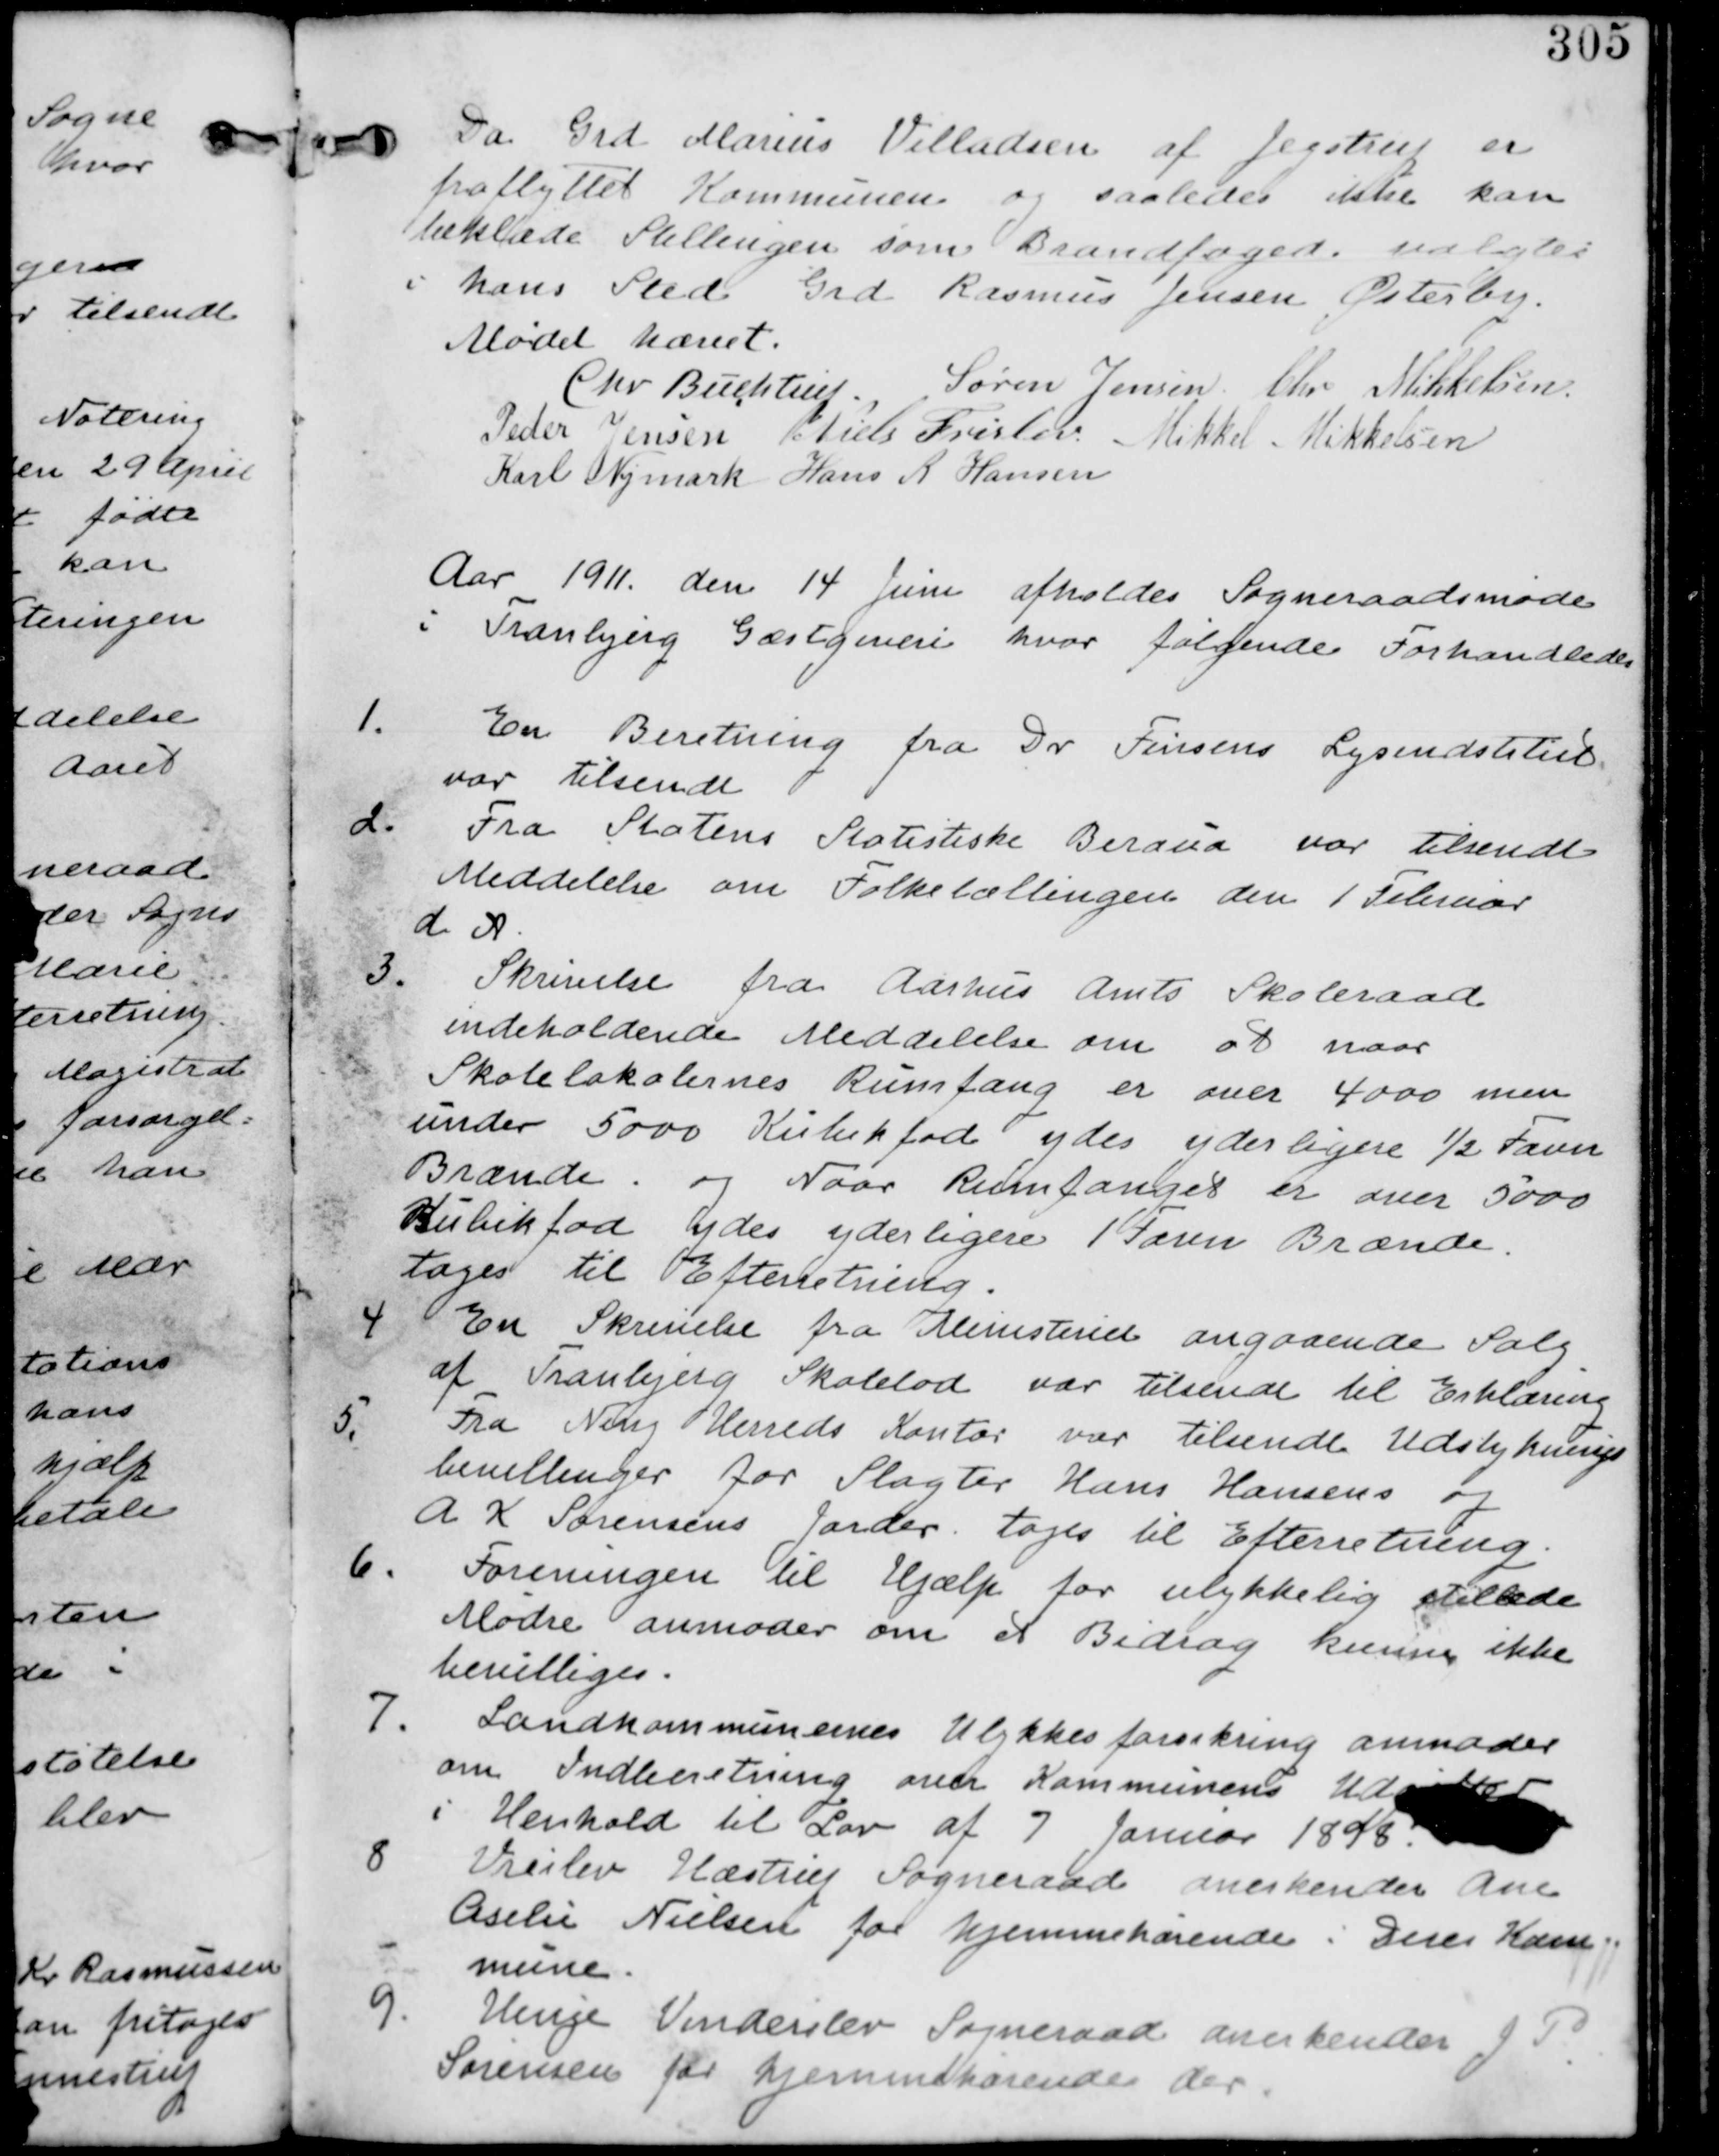
Transskription:
Da Grd Marius Villadsen af Jegstrup er
fraflyttet Kommunen og saaledes ikke kan
beklæde Stillingen som Brandfoged valgtes
i hans sted Grd Rasmus Jensen Østerby.

Mødet hævet
Chr Buchtrup. Søren Jensen Chr Mikkelsen
Peder Jensen Niels Frislev Mikkel Mikkelsen
Karl Nymark Hans R Hansen

Aar 1911 den 14 Juni afholdes Sogneraadsmøde
i Tranbjerg Gæstgiveri hvor følgende Forhandledes

1.
En Beretning fra Dr Finsens Lysinstitut
var tilsendt

2. Fra Statens Statistiske Beraua var tilsendt
Meddelelse om Folketællingen den 1 Februar
d A.

3. Skrivelse fra Aarhus Amts Skoleraad
indeholdende Meddelelse om at naar
Skolelokalernes Rumfang er over 4000 men
under 5000 Kubikfod ydes yderligere ½ Favn
Brænde og Naar Rumfanget er over 5000
Kubikfod ydes yderligere 1 Favn Brænde
tages til Efterretning.

4. En Skrivelse fra Ministeriet angaaende Salg
af Tranbjerg Skolelod var tilsendt til Erklæring

5.
Fra Ning Herreds Kontor var tilsendt til Udstyknings-
bevillinger for Slagter Hans Hansens og
A. K. Sørensens Jorder. tages til Efterretning

6. Foreningen til Hjælp for ulykkelig stillede
Mødre anmoder om et Bidrag. kunne ikke
bevilliges.

7. Landkommunernes Ulykkesforsikring anmoder
om Indberetning over Kommunens Udgifter
i Henhold til Lov af 7 Januar 1898.

8. Vreilev Hæstrup Sogneraad anerkender Ane
Aselei Nielsen for hjemmehørende i Deres Kom-
mune

9. Hinge Vinderslev Sogneraad anerkender J P
Sørensen for hjemmehørende der.